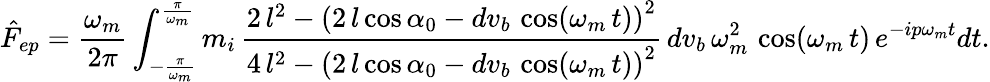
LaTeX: \hat{F}_{ep}=\frac{\omega_{m}}{2\pi}\int_{-\frac{\pi}{\omega_{m}}}^{\frac{\pi}{\omega_{m}}}m_{i}\, \frac{2\, l^{2}-\left(2\, l\cos{\alpha_{0}}-dv_{b}\, \cos(\omega_{m}\, t)\right)^{2}}{4\, l^{2}-{\left(2\, l\cos{\alpha_{0}}-dv_{b}\, \cos(\omega_{m}\, t)\right)}^{2}}\, dv_{b}\, \omega_{m}^{2}\, \cos(\omega_{m}\, t)\, e^{-ip\omega_{m}t}dt.